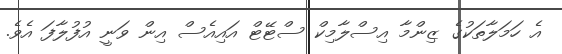
އެ ހަމަލާތަކުގެ ޒިންމާ އިސްލާމިކް ސްޓޭޓް އައިއެސް އިން ވަނީ އުފުލާފަ އެވެ.